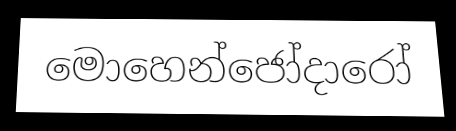
මොහෙන්ජෝදාරෝ